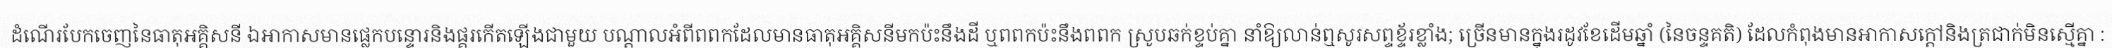
ដំណើរបែកចេញនៃធាតុអគ្គិសនី ឯអាកាសមានផ្លេកបន្ទោរនិងផ្គរកើតឡើងជាមួយ បណ្តាលអំពីពពកដែលមានធាតុអគ្គិសនីមកប៉ះនឹងដី ឬពពកប៉ះនឹងពពក ស្រូបឆក់ខ្ទប់គ្នា នាំឱ្យលាន់ឮសូរសព្ទខ្ទ័រខ្លាំង; ច្រើនមានក្នុងរដូវខែដើមឆ្នាំ (នៃចន្ទគតិ) ដែលកំពុងមានអាកាសក្តៅនិងត្រជាក់មិនស្មើគ្នា :